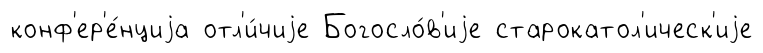
конф'ер'е́нциjа отл'и́чиjе Богосло́в'иjе старокатол'ическ'иjе